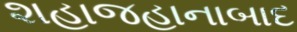
શહાજહાનાબાદ